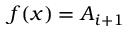
f ( x ) = A _ { i + 1 }